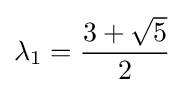
\lambda _{1}={\frac {3+{\sqrt {5}}}{2}}